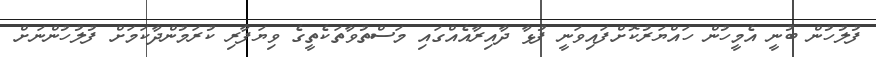
ފުލުހުން ބުނީ އެމީހުން ހައްޔަރުކޮށްފައިވަނީ ފުޅާ ދާއިރާއެއްގައި މަސްތުވާތަކެތީގެ ވިޔަފާރި ކުރަމުންދާކަމަށް ފުލުހުންނަށް